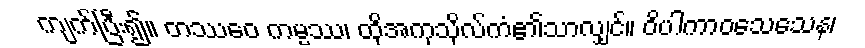
ကျက်ပြီး၍။ တဿေဝ ကမ္မဿ၊ ထိုအကုသိုလ်ကံ၏သာလျှင်။ ဝိပါကာဝသေသေန၊